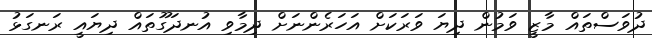
ދުވަސްތައް މާޒީ ވަމުން ދިޔަ ވަރަކަށް އަހަރެންނަށް ދިމާވި އުނދަގޫތައް ދިޔައީ ރަނގަޅު